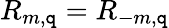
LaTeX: R_{m,\mathtt{q}}=R_{-m,\mathtt{q}}